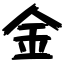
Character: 金